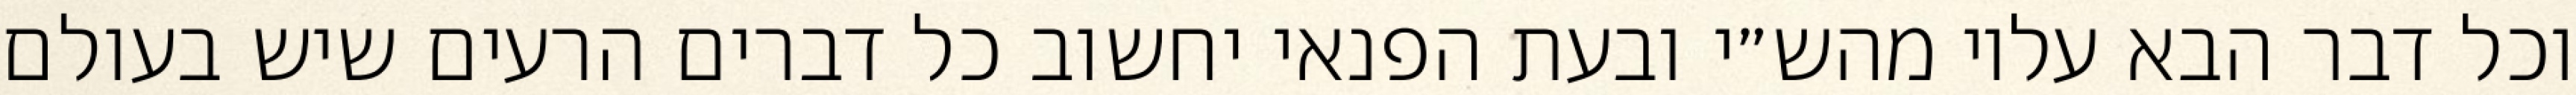
וכל דבר הבא עליו מהש״י ובעת הפנאי יחשוב כל דברים הרעים שיש בעולם